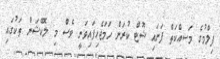
ފިލްމުގެ މަސއްކަތް ފަށައި ޝޫޓް ކުރަން ހަމަޖެހިފައިވަނީ ވެސް މި ލޮކޭޝަން ތަކުގައި